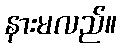
နားမလည်။